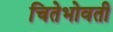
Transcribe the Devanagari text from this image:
चितेभोवती